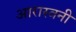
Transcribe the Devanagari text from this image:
आरास्वनी